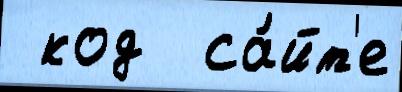
 код  са́йт'е